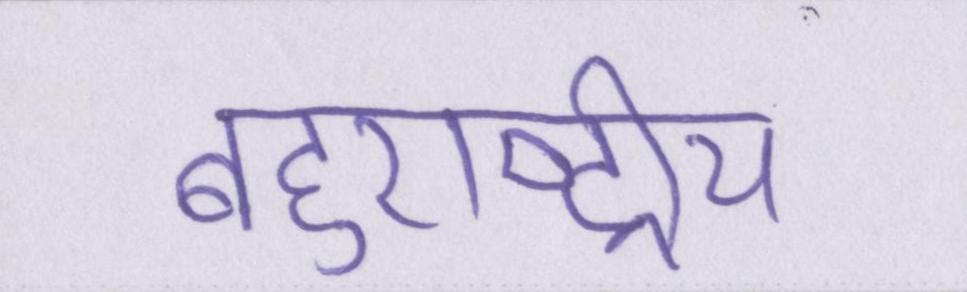
बहुराष्ट्रीय